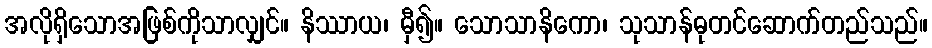
အလိုရှိသောအဖြစ်ကိုသာလျှင်။ နိဿာယ၊ မှီ၍။ သောသာနိကော၊ သုသာန်ဓုတင်ဆောက်တည်သည်။